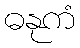
ဓနုကံ